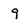
Character: g